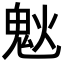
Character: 𩲕